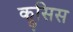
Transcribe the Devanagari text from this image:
क्रुसिस